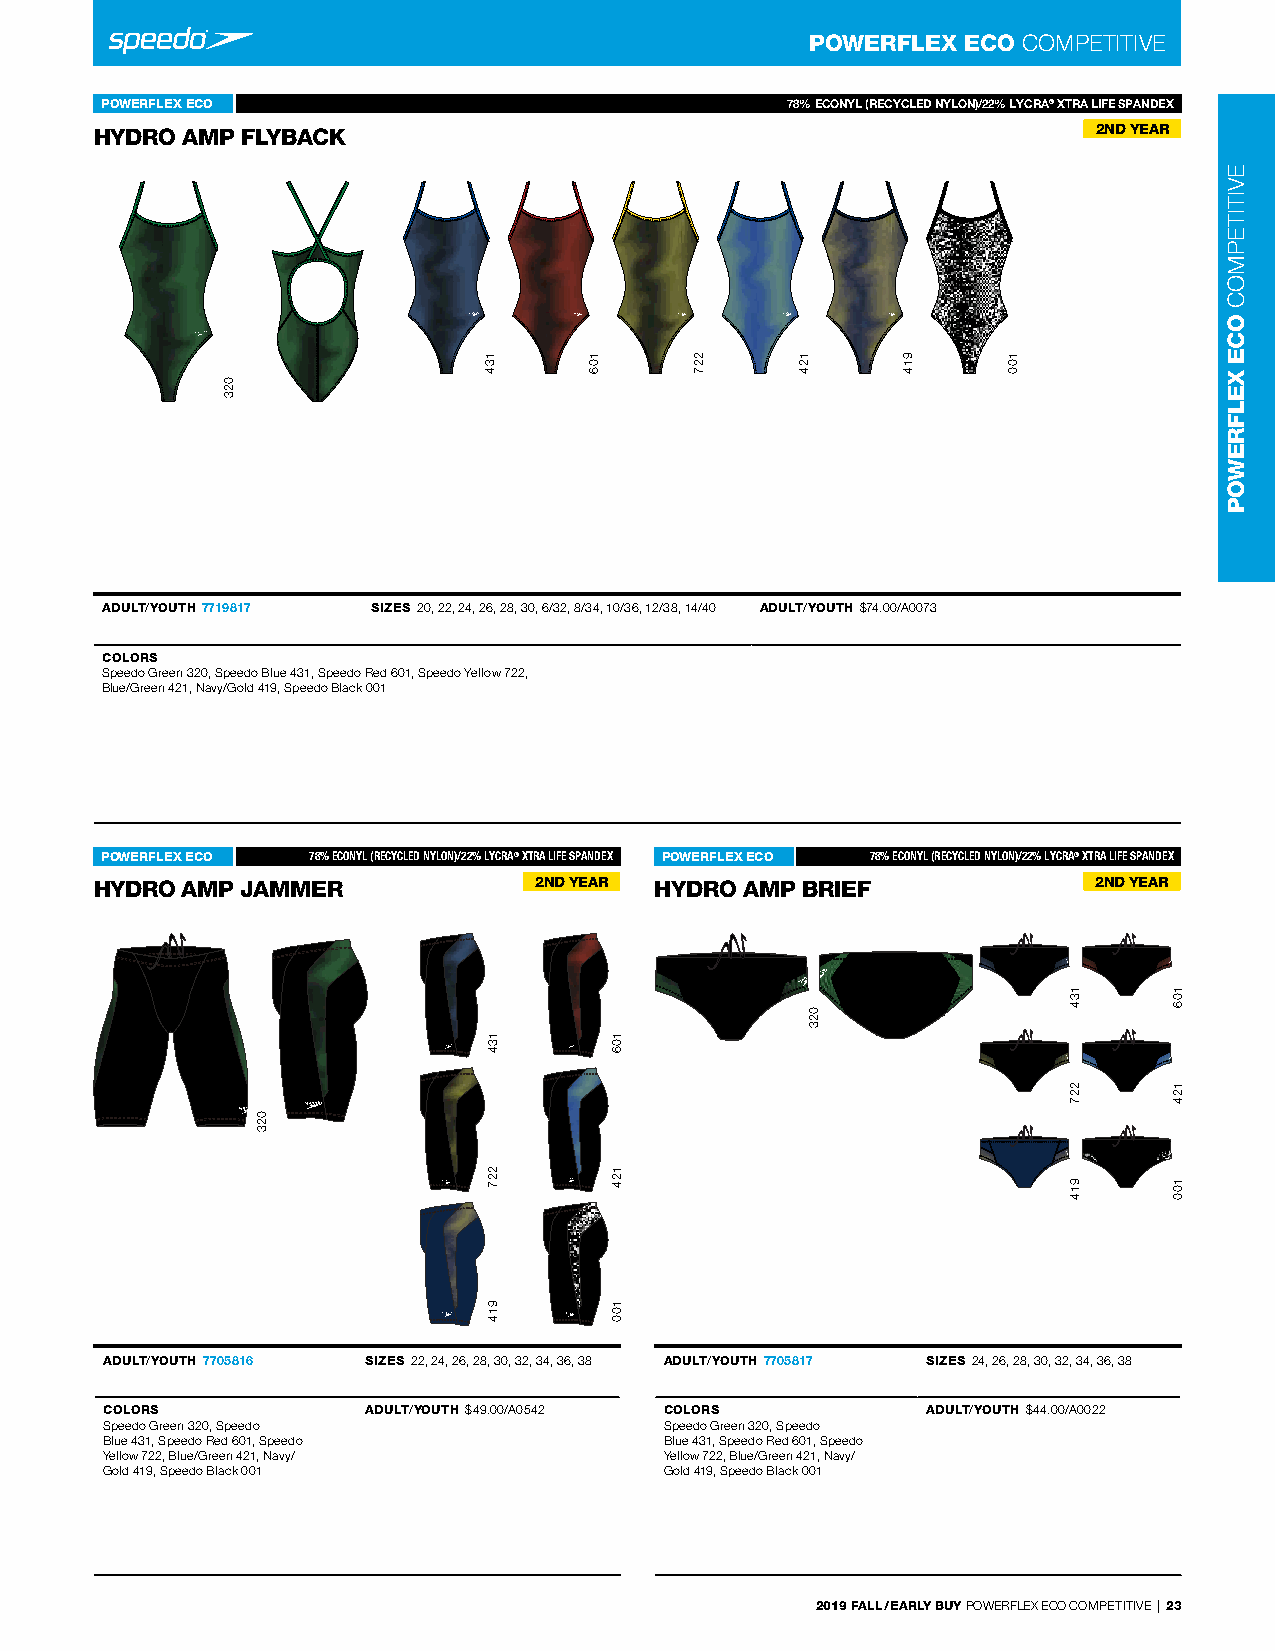
POWERFLEX ECO COMPeTITIVe
 POWERFLEX ECO                                78% ECONYL (RECYCLED NYLOHNyd)r/o2 2Am%p LY7C7R19A8®1 7XTRA LIFE SPANDEX
 HYDRO AMP FLYBACK               -                                  2ND YEAR
 ADULT/YOUTH 7719817 SIZES 20, 22, 24, 26, 28, 30, 6/32, 8/34, 10/36, 12/38, 14/40 ADULT/YOUTH $74.00/A0073
 COLORS
 Speedo Green 320, Speedo Blue 431, Speedo red 601, Speedo Yellow 722,
 Blue/Green 421, navy/Gold 419, Speedo Black 001
 POWERFLEX ECO 78% ECONYL (RECYCHLyEdDr oN AYmLOpN )/7227%05 L8Y1C6RA® XTRA LIFE SPANDEX POWERFLEX ECO 78% ECONYL (RECYCHLyEdDr oN AYmLOpN )/7227%05 L8Y1C7RA® XTRA LIFE SPANDEX
 HYDRO AMP JAMMER  -          2ND YEAR HYDRO AMP BRIEF  -           2ND YEAR
 -                                    -
 ADULT/YOUTH 7705816 SIZES 22, 24, 26, 28, 30, 32, 34, 36, 38 ADULT/YOUTH 7705817 SIZES 24, 26, 28, 30, 32, 34, 36, 38
 COLORS           ADULT/YOUTH $49.00/A0542 COLORS      ADULT/YOUTH $44.00/A0022
 Speedo Green 320, Speedo             Speedo Green 320, Speedo
 Blue 431, Speedo red 601, Speedo     Blue 431, Speedo red 601, Speedo
 Yellow 722, Blue/Green 421, navy/    Yellow 722, Blue/Green 421, navy/
 Gold 419, Speedo Black 001           Gold 419, Speedo Black 001
 2019 FALL / EARLY BUY POWerFLeX eCO COMPeTITIVe | 23
 023
 023
 134
 134
 227
 914
 106
 106
 124
 100
 227    124
 023
 914    100
 134
 227
 914
 106
 124
 100
 eVITITePMOC
 OCE
 XELFREWOP